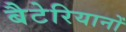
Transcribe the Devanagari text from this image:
बैटेरियानों